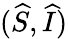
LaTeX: (\widehat{S},\widehat{I})